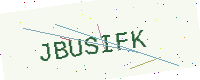
Text: JBUSIFK